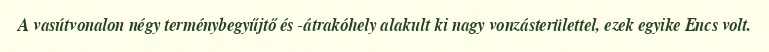
A vasútvonalon négy terménybegyűjtő és -átrakóhely alakult ki nagy vonzásterülettel, ezek egyike Encs volt.